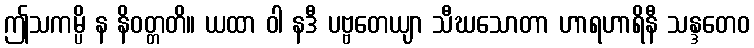
ဤသကမ္ပိ န နိဝတ္တတိ။ ယထာ ဝါ နဒီ ပဗ္ဗတေယျာ သီဃသောတာ ဟာရဟာရိနီ သန္ဒတေဝ